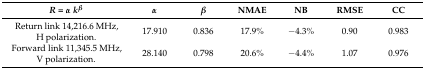
<table><thead><tr><td><b><i>R</i> = <i>α k<sup>β</sup></i></b></td><td><b><i>α</i></b></td><td><b><i>β</i></b></td><td><b>NMAE</b></td><td><b>NB</b></td><td><b>RMSE</b></td><td><b>CC</b></td></tr></thead><tbody><tr><td>Return link 14,216.6 MHz, H polarization.</td><td>17.910</td><td>0.836</td><td>17.9%</td><td>−4.3%</td><td>0.90</td><td>0.983</td></tr><tr><td>Forward link 11,345.5 MHz, V polarization.</td><td>28.140</td><td>0.798</td><td>20.6%</td><td>−4.4%</td><td>1.07</td><td>0.976</td></tr></tbody></table>